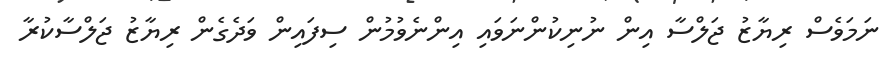
ނަމަވެސް ރިޔާޒު ޖަލްސާ އިން ނުނިކުންނަވައި އިންނެވުމުން ސިފައިން ވަދެގެން ރިޔާޒު ޖަލްސާކުރާ